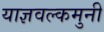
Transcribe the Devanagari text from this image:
याज्ञवल्कमुनी